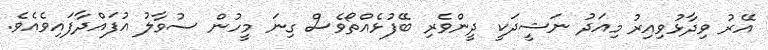
އޭރު ވިދާޅުވިއިރު މިއަދު ނަޝީދަކީ ދީންވެރި ބޭފުޅެއްތޯވެސް ގިނަ މީހުން ސުވާލު އުފައްދާފައިވެއެެވެ.